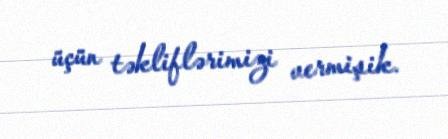
üçün təkliflərimizi vermişik.